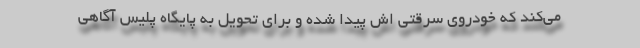
می‌کند که خودروی سرقتی اش پیدا شده و برای تحویل به پایگاه پلیس آگاهی